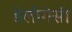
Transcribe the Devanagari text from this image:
डेलीगेसी